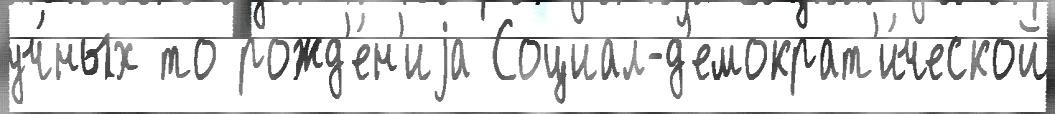
уч́ных то рожд'е́н'иjа Социал-д'емократ'и́ческой